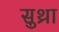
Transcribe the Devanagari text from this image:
सुथ्रा